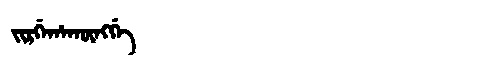
Manchu: ᠵᡳᡵᡤᡝᡥᠠᡴᡡᠩᡤᡝ
Romanization: JIRGEHAKŪNGGE